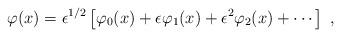
LaTeX: \begin{align*}\varphi(x)=\epsilon^{1/2}\left\lbrack\varphi_0(x)+\epsilon\varphi_1(x)+\epsilon^2\varphi_2(x)+\cdots\right\rbrack\;,\end{align*}